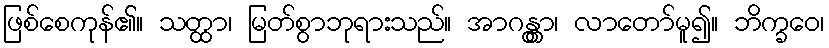
ဖြစ်စေကုန်၏။ သတ္ထာ၊ မြတ်စွာဘုရားသည်။ အာဂန္တွာ၊ လာတော်မူ၍။ ဘိက္ခဝေ၊